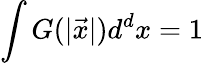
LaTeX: \int G(|\vec{x}|)d^{d}x=1